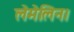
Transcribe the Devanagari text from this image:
लेमेलिन।